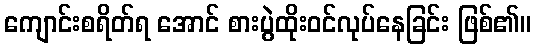
ကျောင်းစရိတ်ရ အောင် စားပွဲထိုးဝင်လုပ်နေခြင်း ဖြစ်၏။